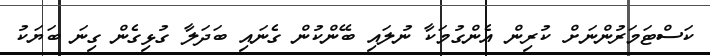
ކަސްޓަމަރުންނަށް ކުރިން އެންގުމަކާ ނުލައި ބޭންކުން ގެނައި ބަދަލާ ގުޅިގެން ގިނަ ބަޔަކު